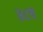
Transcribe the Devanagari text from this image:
४८व